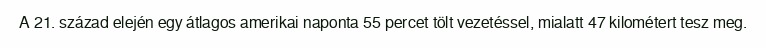
A 21. század elején egy átlagos amerikai naponta 55 percet tölt vezetéssel, mialatt 47 kilométert tesz meg.